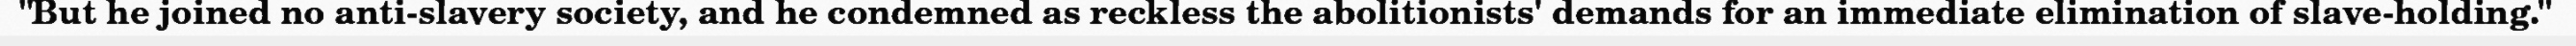
"But he joined no anti-slavery society, and he condemned as reckless the abolitionists' demands for an immediate elimination of slave-holding."